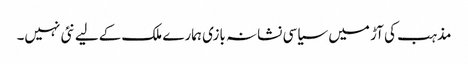
مذہب کی آڑ میں سیاسی نشانہ بازی ہمارے ملک کےلیے نئی نہیں۔